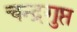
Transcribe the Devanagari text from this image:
चन्द्रगुप्त